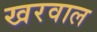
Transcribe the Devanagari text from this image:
खरवाल